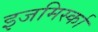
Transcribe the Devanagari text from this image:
इजमिर्स्का